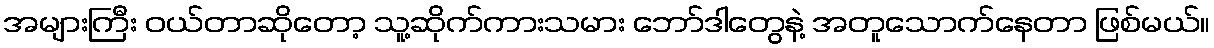
အများကြီး ဝယ်တာဆိုတော့ သူ့ဆိုက်ကားသမား ဘော်ဒါတွေနဲ့ အတူသောက်နေတာ ဖြစ်မယ်။